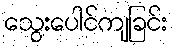
သွေးပေါင်ကျခြင်း